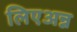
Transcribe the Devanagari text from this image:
लिएअन्न